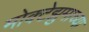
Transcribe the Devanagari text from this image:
मोक्टेझुमाच्या